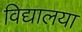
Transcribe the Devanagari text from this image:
विद्यालया